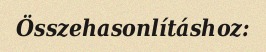
Összehasonlításhoz: